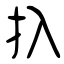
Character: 扖